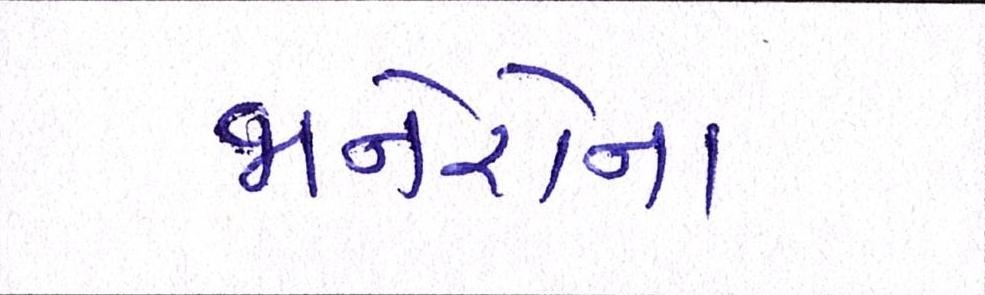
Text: જાનેરોના